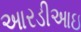
આરડીઆઇ